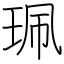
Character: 珮